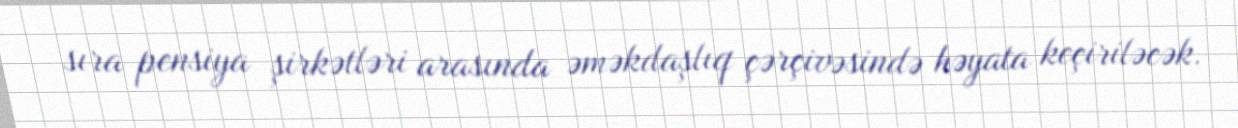
sıra pensiya şirkətləri arasında əməkdaşlıq çərçivəsində həyata keçiriləcək.